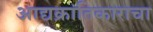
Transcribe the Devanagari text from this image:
आद्यक्रांतिकाराचा